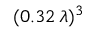
( 0 . 3 2 \, \lambda ) ^ { 3 }